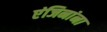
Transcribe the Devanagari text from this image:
एंजिनांना